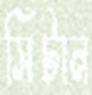
সিঁটান